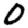
Digit: 0